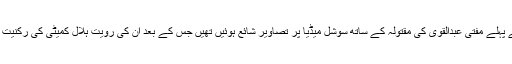
قندیل بلوچ کے قتل سے پہلے مفتی عبدالقوی کی مقتولہ کے ساتھ سوشل میڈیا پر تصاویر شائع ہوئیں تھیں جس کے بعد ان کی رویت ہلال کمیٹی کی رکنیت معطل کردی گئی تھی۔